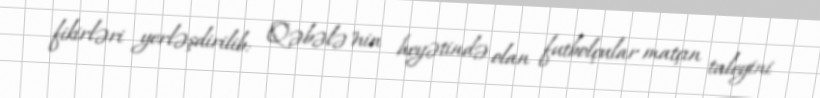
fikirləri yerləşdirilib: "Qəbələ"nin heyətində olan futbolçular matçın taleyini